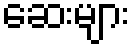
ဆေးများ